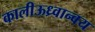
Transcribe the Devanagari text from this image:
कालीऊध्र्वान्वय